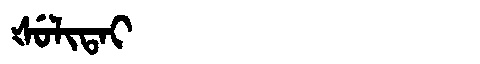
Manchu: ᡧᡠᠯᡳᡨᠠᡳ
Romanization: ŠULITAI